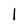
Character: 1